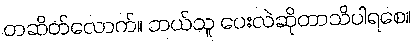
တဆိတ်လောက်။ ဘယ်သူ ပေးလဲဆိုတာသိပါရစေ။